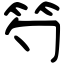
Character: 𥫩